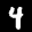
Label: 4